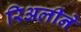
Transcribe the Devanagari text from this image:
रिअलीने